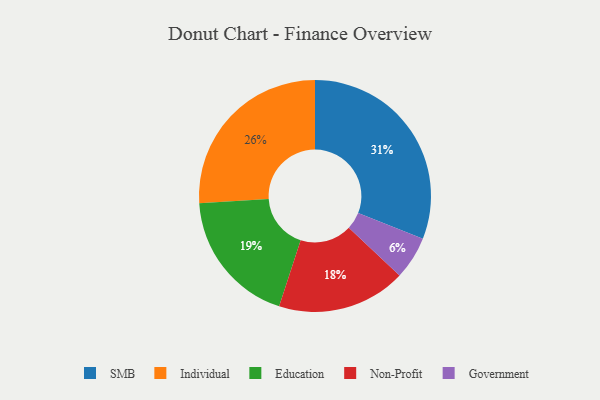
{"axis": {"x": "Category", "y": "Percentage"}, "legend": ["Education", "Government", "Individual", "Non-Profit", "SMB"], "data": [{"x": "Education", "y": 19, "type": "Education"}, {"x": "SMB", "y": 31, "type": "SMB"}, {"x": "Government", "y": 6, "type": "Government"}, {"x": "Individual", "y": 26, "type": "Individual"}, {"x": "Non-Profit", "y": 18, "type": "Non-Profit"}]}